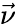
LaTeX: \vec{\nu}